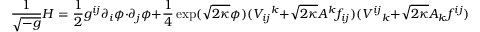
\frac { 1 } { \sqrt { - g } } { \cal H } = \frac { 1 } { 2 } g ^ { i j } \partial _ { i } \phi \cdot \partial _ { j } \phi + \frac { 1 } { 4 } \exp ( \sqrt { 2 \kappa } \phi ) ( V _ { i j } { } ^ { k } + \sqrt { 2 \kappa } A ^ { k } f _ { i j } ) ( V ^ { i j } { } _ { k } + \sqrt { 2 \kappa } A _ { k } f ^ { i j } )